Malaria in the Punjab - Number 46
Disease focus: Malaria
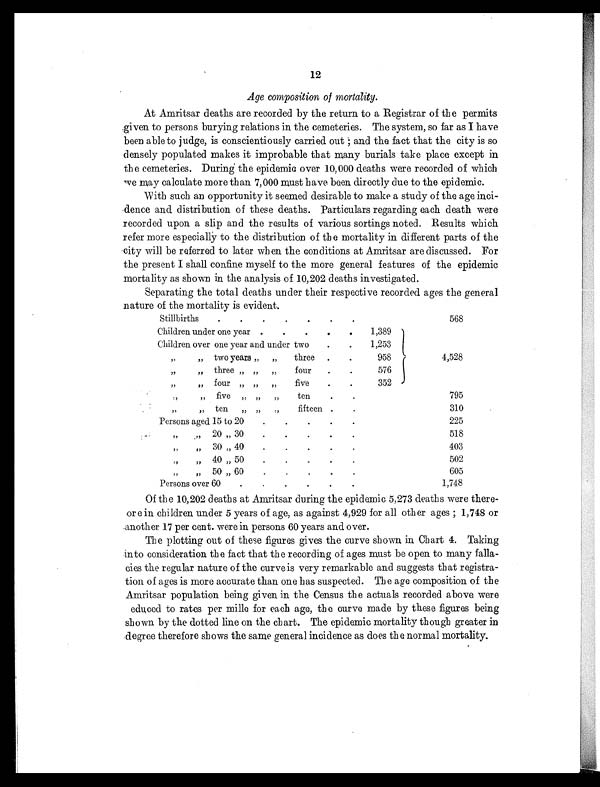
12
Age composition of mortality.
At Amritsar deaths are recorded by the return to a Registrar of the permits
given to persons burying relations in the cemeteries. The system, so far as I have
been able to judge, is conscientiously carried out; and the fact that the city is so
densely populated makes it improbable that many burials take place except in
the cemeteries. During the epidemic over 10,000 deaths were recorded of which
we may calculate more than 7,000 must have been directly due to the epidemic.
With such an opportunity it seemed desirable to make a study of the age inci-
dence and distribution of these deaths. Particulars regarding each death were
recorded upon a slip and the results of various sortings noted. Results which
refer more especially to the distribution of the mortality in different parts of the
city will be referred to later when the conditions at Amritsar are discussed. For
the present I shall confine myself to the more general features of the epidemic
mortality as shown in the analysis of 10,202 deaths in vestigated.
Separating the total deaths under their respective recorded ages the general
nature of the mortality is evident.
Stillbirths
.
.
. . . . .
568
Children under one year .
.
.
.
.
1,389
4,528
Children over one year and under two
1,253
"
" two years " "
three .
.
958
"
" three " " "
four
.
.
576
"
" four "
" "
five
.
.
352
"
" five " "
"
ten
.
.
795
"
" ten " "
"
fifteen .
.
310
Persons aged 15 to 20
. . . . .
225
"
" 20 " 30
. . . . .
518
"
" 30 " 40
. . . . .
403
"
" 40 " 50
. . . . .
502
"
"
50 " 60
. . . . .
605
Persons over 60
.
.
.
.
.
.
1,748
Of the 10,202 deaths at Amritsar during the epidemic 5,273 deaths were there-
ore in children under 5 years of age, as against 4,929 for all other ages; 1,748 or
another 17 per cent. were in persons 60 years and over.
The plotting out of these figures gives the curve shown in Chart 4. Taking
into consideration the fact that the recording of ages must be open to many falla-
cies the regular nature of the curve is very remarkable and suggests that registra-
tion of ages is more accurate than one has suspected. The age composition of the
Amritsar population being given in the Census the actuals recorded above were
educed to rates per mille for each age, the curve made by these figures being
shown by the dotted line on the chart. The epidemic mortality though greater in
degree therefore shows the same general incidence as does the normal mortality.